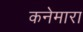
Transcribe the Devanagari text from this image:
कनेमारा